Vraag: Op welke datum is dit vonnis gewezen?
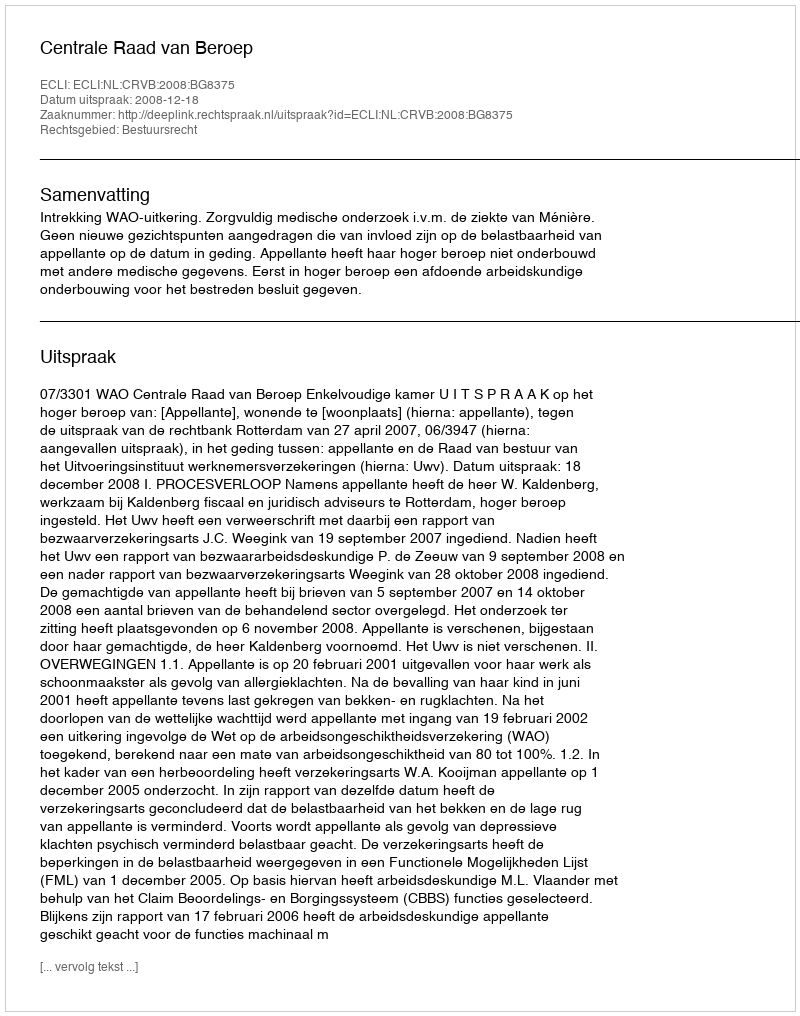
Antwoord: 2008-12-18